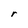
Character: r